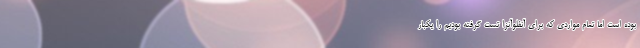
بوده است اما تمام مواردی که برای آنفلوآنزا تست گرفته بودیم را یکبار